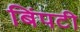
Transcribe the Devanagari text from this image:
बिंपटी